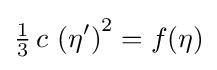
{\tfrac {1}{3}}\,c\,\left(\eta '\right)^{2}=f(\eta )